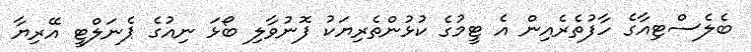
ބެލެސްޓިއާގެ ހާފުތެރެއިން އެ ޓީމުގެ ކުޅުންތެރިޔަކު ފޮނުވާލި ބޯޅަ ނިއުގެ ޕެނަލްޓީ އޭރިޔާ